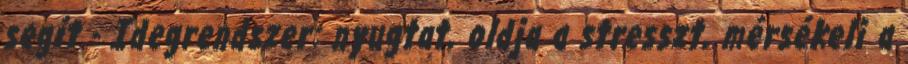
segít - Idegrendszer: nyugtat, oldja a stresszt, mérsékeli a